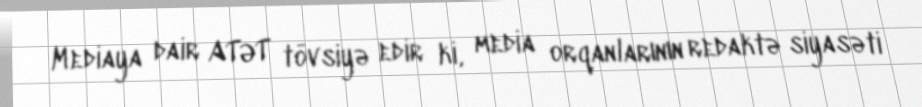
Mediaya dair ATƏT tövsiyə edir ki, media orqanlarının redaktə siyasəti